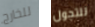
للخارج للتجول